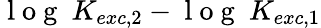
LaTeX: \mathrm{~l~o~g~}~K_{exc,2}-\mathrm{~l~o~g~}~K_{exc,1}